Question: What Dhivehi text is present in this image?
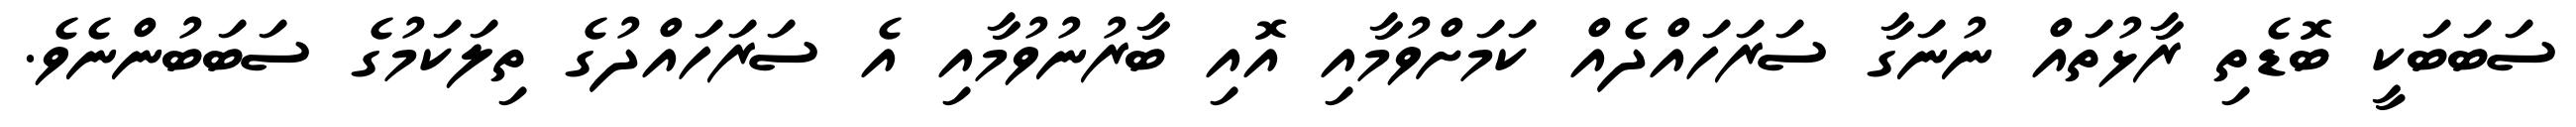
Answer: ސަބަބަކީ ބޮޑެތި ރާޅުތައް ނުނަގާ ސަރަހައްދެއް ކަމަށްވުމާއި އޮއި ބާރުނުވުމާއި އެ ސަރަހައްދުގެ ތިލަކަމުގެ ސަބަބުންނެވެ.